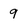
Character: 9